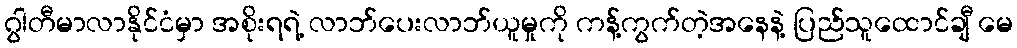
ဂွါတီမာလာနိုင်ငံမှာ အစိုးရရဲ့ လာဘ်ပေးလာဘ်ယူမှုကို ကန့်ကွက်တဲ့အနေနဲ့ ပြည်သူထောင်ချီ မေ